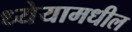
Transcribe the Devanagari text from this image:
ध्येयामधील